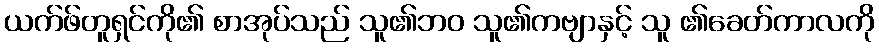
ယက်ဖ်တူရှင်ကို၏ စာအုပ်သည် သူ၏ဘဝ သူ၏ကဗျာနှင့် သူ ၏ခေတ်ကာလကို